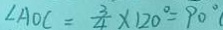
\angle A O C = \frac { 3 } { 4 } \times 1 2 0 ^ { \circ } = 9 0 ^ { \circ } (